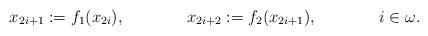
LaTeX: \begin{align*}x_{2i+1}&:=f_1(x_{2i}),&x_{2i+2}&:=f_2(x_{2i+1}),&i&\in\omega.\end{align*}